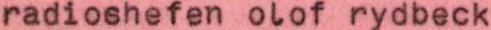
radioshefen olof rydbeck